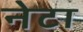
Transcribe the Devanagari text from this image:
नेटा